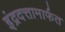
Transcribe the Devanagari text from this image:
इंद्रदत्तामार्फत